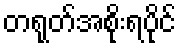
တရုတ်အစိုးရပိုင်